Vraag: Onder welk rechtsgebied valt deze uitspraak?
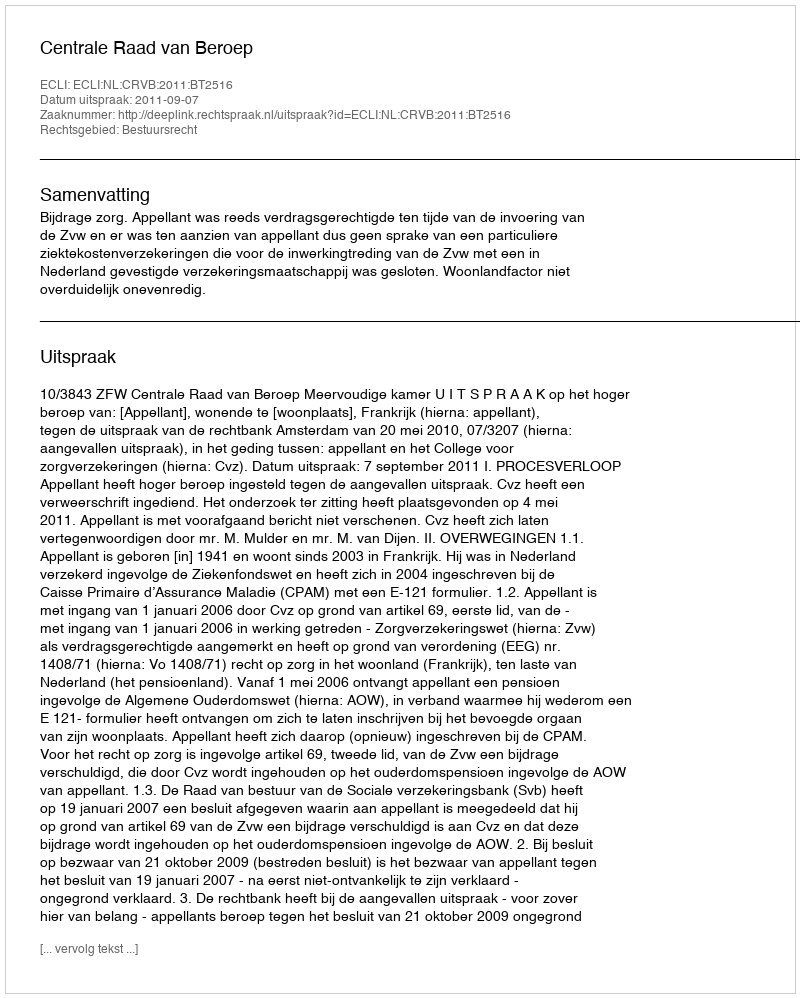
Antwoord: Bestuursrecht